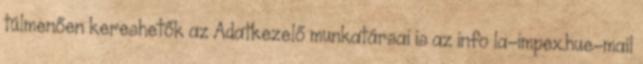
túlmenően kereshetők az Adatkezelő munkatársai is az info la-impex.hue-mail